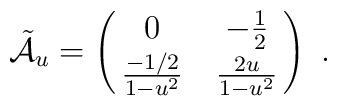
\tilde{\cal A}_u = \left(\matrix{0 & -{1\over 2}\cr {- 1/2\over 1 - u^2}  &{2 u\over 1 - u^2} }\right)  \ .